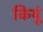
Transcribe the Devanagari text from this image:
कियूं